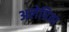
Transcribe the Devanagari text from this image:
अलेग्रिया